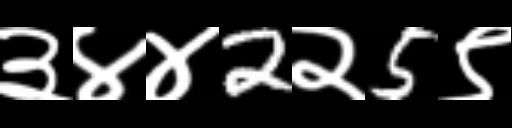
Text: ३४४2२5९